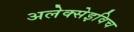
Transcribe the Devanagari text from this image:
अलेक्सेइविच